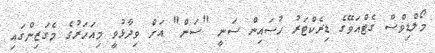
މޯލްޑިވްސް ގެޓްއަވޭގެ ޑިރެކްޓަރު ހުސައިން ސަނީ "ސަން" އަށް ވިދާޅުވީ މިއަހަރުގެ މެގަޒިންގައި